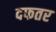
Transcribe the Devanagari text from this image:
दफतर